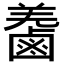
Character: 𪉬